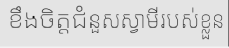
ខឹងចិត្តជំនួសស្វាមីរបស់ខ្លួន